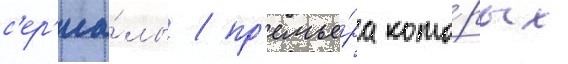
с'ер'иа́лы / пр'емье́ра кото́рых